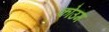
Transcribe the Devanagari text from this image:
कोउम